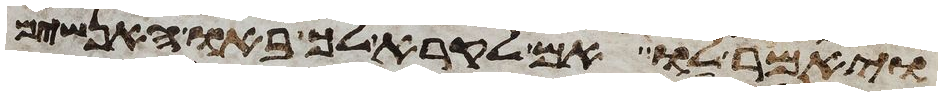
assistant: ויאמר לו אם לקרא לך באו האנשים